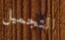
التجميل